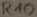
Text: R10